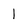
Character: l